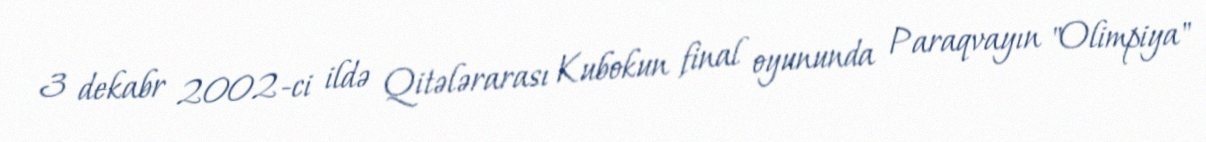
3 dekabr 2002-ci ildə Qitələrarası Kubokun final oyununda Paraqvayın "Olimpiya"